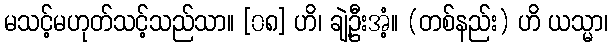
မသင့်မဟုတ်သင့်သည်သာ။ [၀၈] ဟိ၊ ချဲ့ဦးအံ့။ (တစ်နည်း) ဟိ ယသ္မာ၊